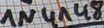
Text: 1N4158